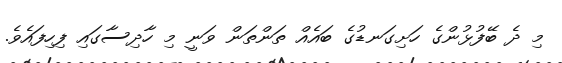
މި ދެ ބޭފުޅުންގެ ހަށިގަނޑުގެ ބައެއް ތަންތަން ވަނީ މި ހާދިސާގައި ފިހިފައެވެ.